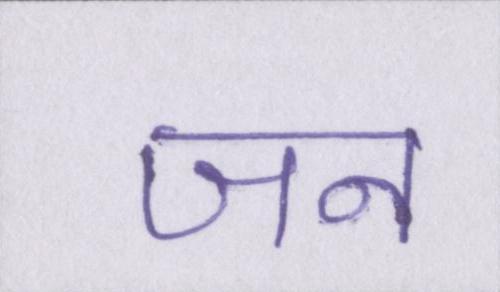
जन